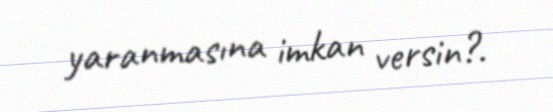
yaranmasına imkan versin?.